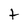
Character: t